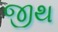
જીથ